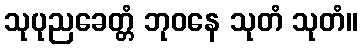
သုပုညခေတ္တံ ဘုဝနေ သုတံ သုတံ။